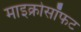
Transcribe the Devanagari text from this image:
माइक्रोसॉफट